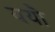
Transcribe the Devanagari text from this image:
ययौ